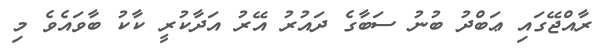
ރާއްޖޭގައި ޢަބްދު ބުނު ސަބާގެ ދައުރު އޭރު އަދާކުރީ ކާކު ބާވައެވެ މި